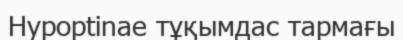
Hypoptinae тұқымдас тармағы